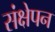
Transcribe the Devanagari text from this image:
संक्षेपन